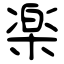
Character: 楽